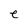
Character: e